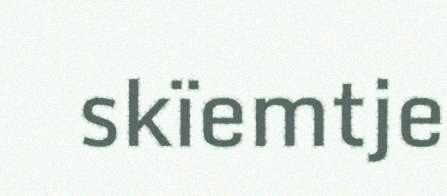
skïemtje